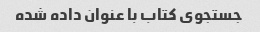
جستجوی کتاب با عنوان داده شده